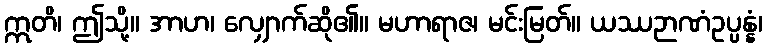
ဣတိ၊ ဤသို့။ အာဟ၊ လျှောက်ဆို၏။ မဟာရာဇ၊ မင်းမြတ်။ ယဿဉာဏံဥပ္ပန္နံ၊